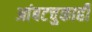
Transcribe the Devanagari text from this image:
आंबटचुकाही